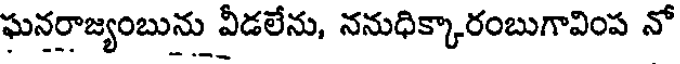
ఘనరాజ్యంబును వీడలేను, ననుధిక్కారంబుగావింప నో